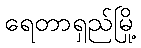
ရေတာရှည်မြို့